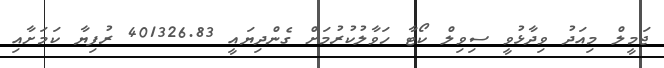
ޖަމީލް މިއަދު ވިދާޅުވީ ސިވިލް ކޯޓާ ހަވާލުކުރުމަށް ގެންދިޔައީ 401326.83 ރުފިޔާ ކަމަށާއި